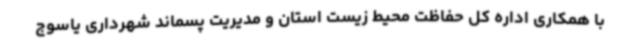
با همکاری اداره کل حفاظت محیط زیست استان و مدیریت پسماند شهرداری یاسوج